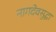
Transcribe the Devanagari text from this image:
नागदेवसुद्धा